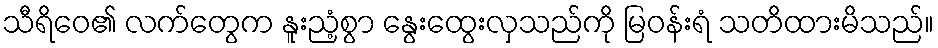
သီရိဝေ၏ လက်တွေက နူးညံ့စွာ နွေးထွေးလှသည်ကို မြဝန်းရံ သတိထားမိသည်။